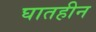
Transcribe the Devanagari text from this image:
घातहीन